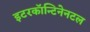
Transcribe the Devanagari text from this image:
इटरकॉन्टिनेनटल